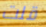
قلت